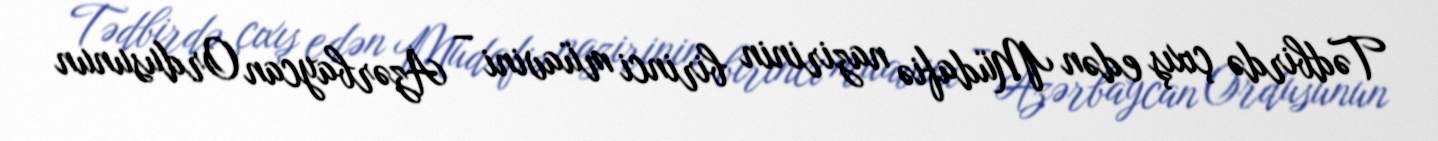
Tədbirdə çıxış edən Müdafiə nazirinin birinci müavini – Azərbaycan Ordusunun